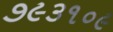
૭૯૩૧૦૯